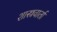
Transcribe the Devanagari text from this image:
शास्त्रवार्ता